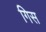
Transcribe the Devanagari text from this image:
गिस